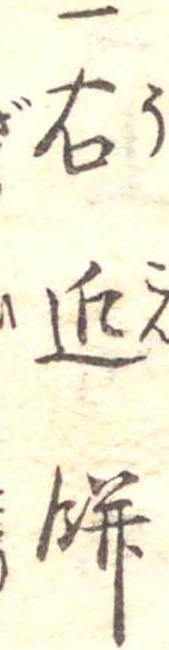
一右近餅